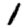
Digit: 1